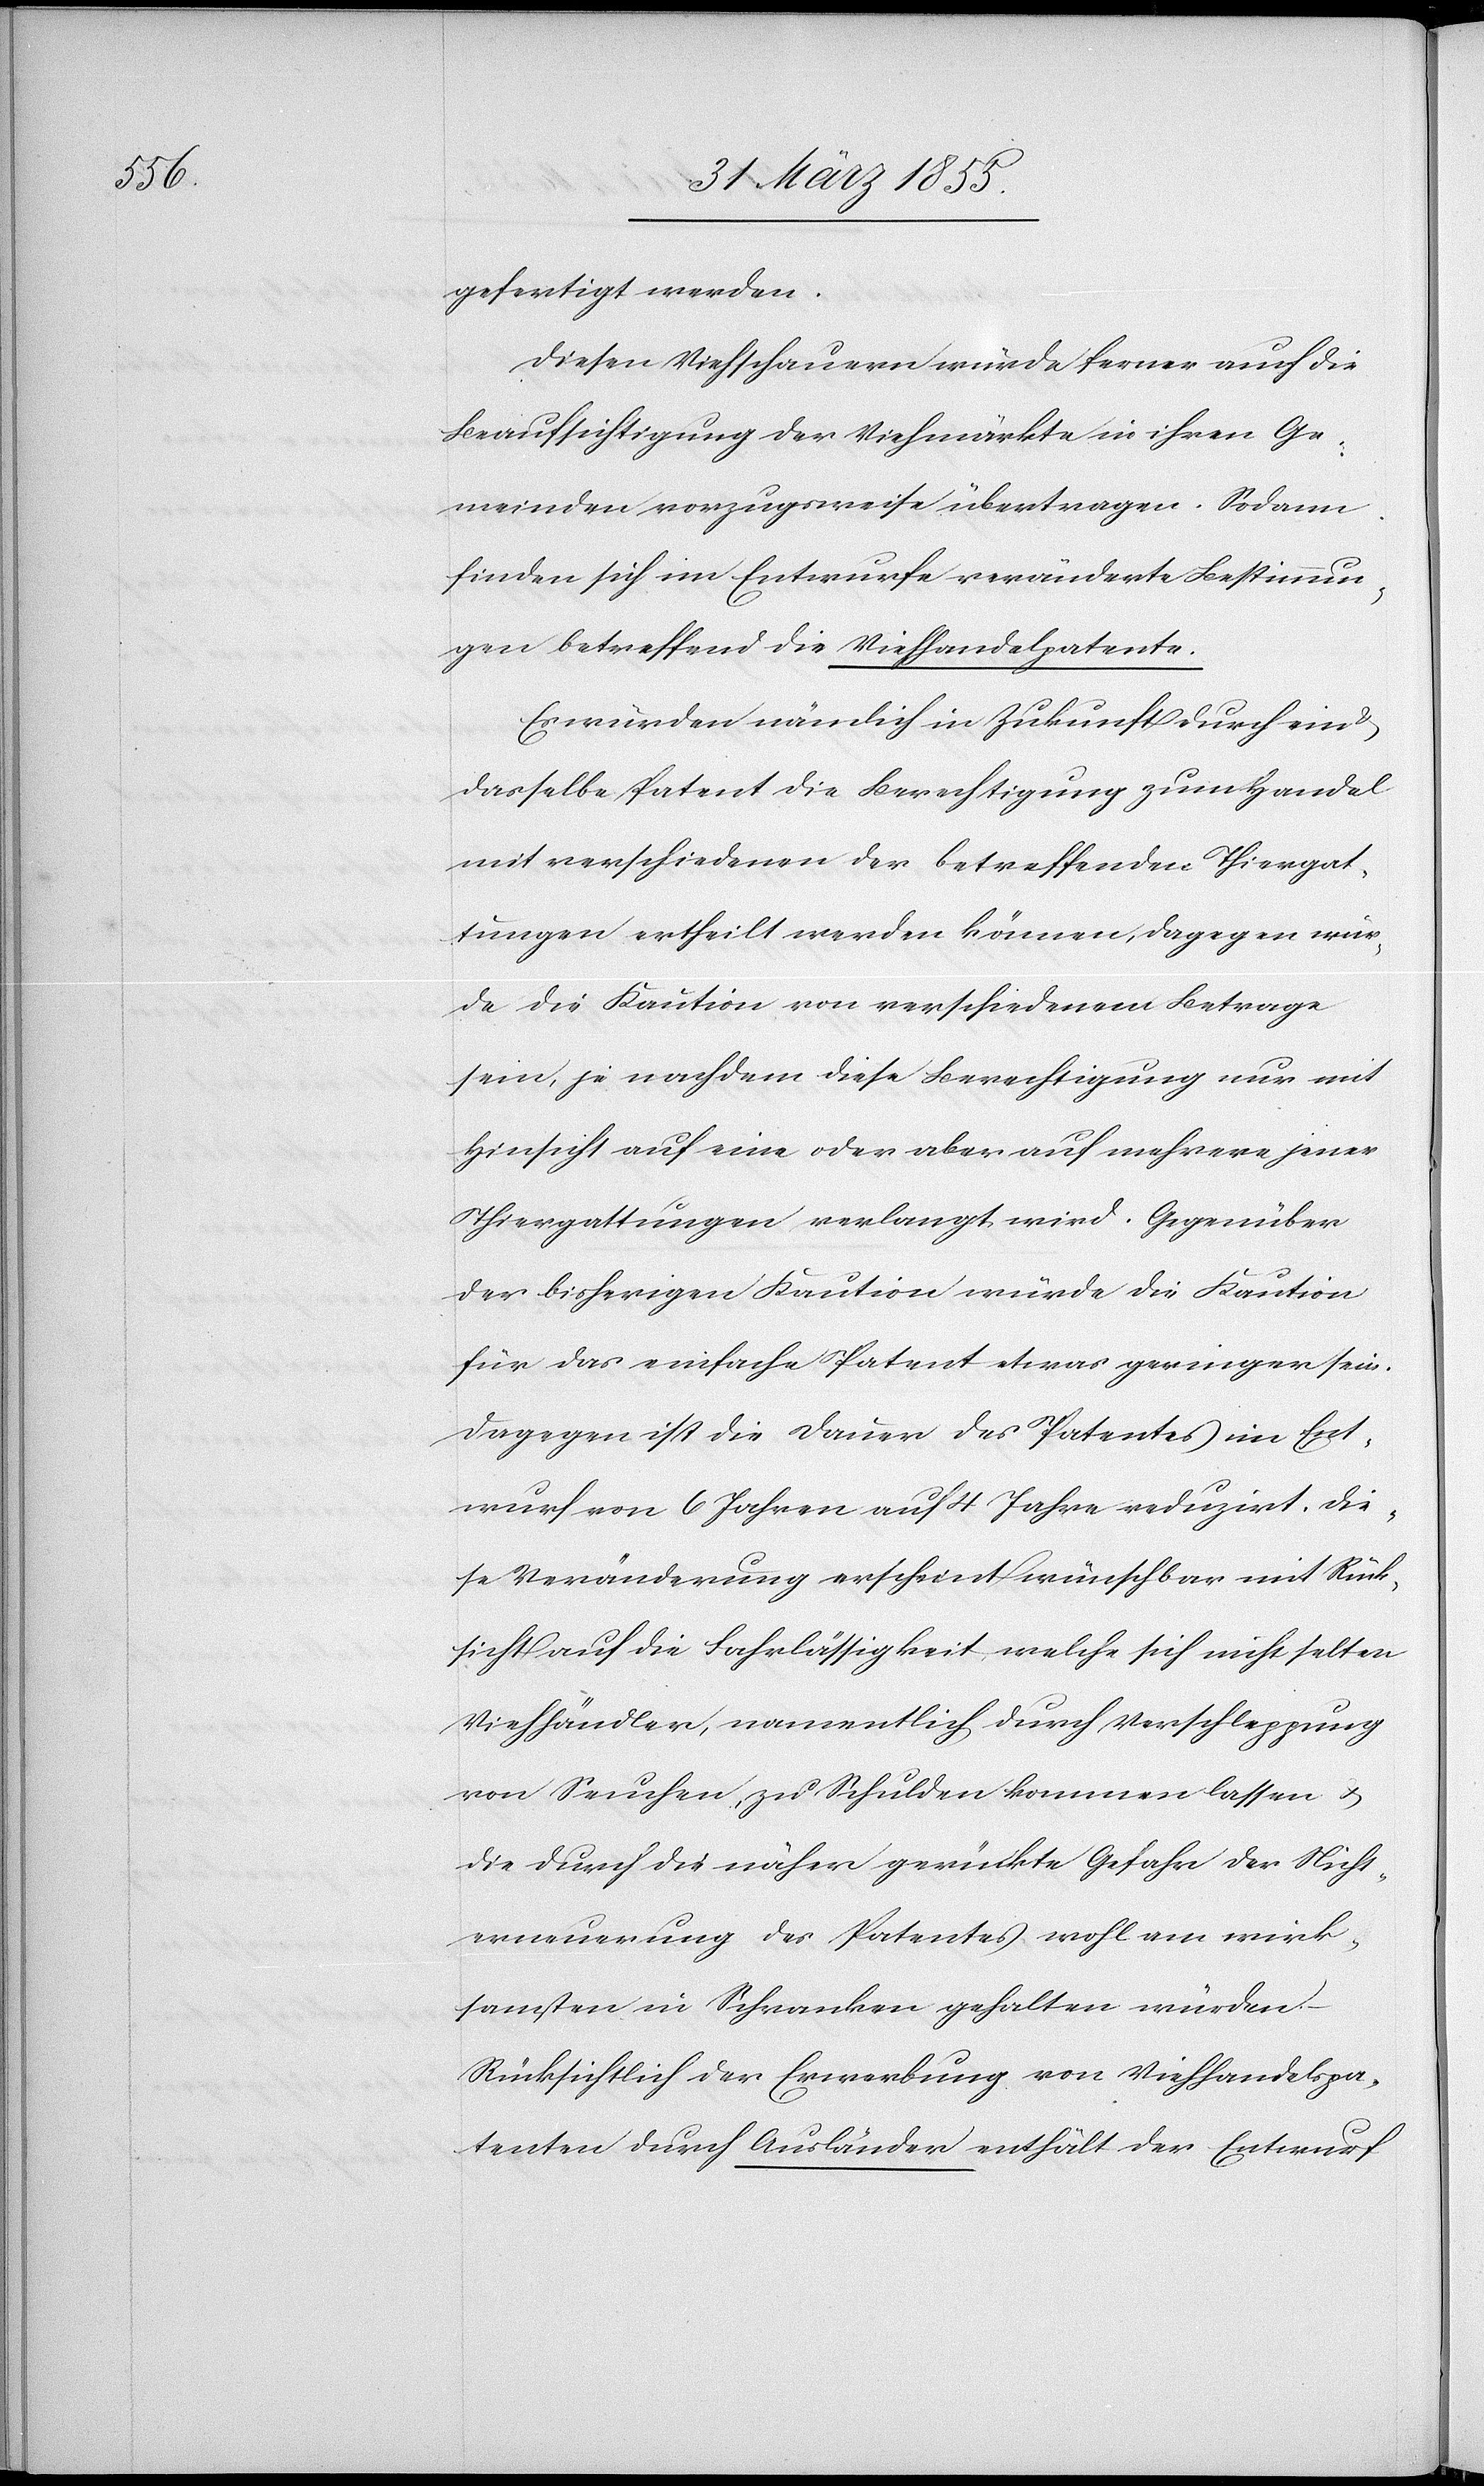
gefertigt werden.
Diesen Viehschauern würde ferner auch die
Beaufsichtigung der Viehmärkte in ihren Ge¬
meinden vorzugsweise übertragen. Sodann
finden sich im Entwurfe veränderte Bestimmun¬
gen betreffend die Viehhandelpatente.
Es würden [sic!] nämlich in Zukunft durch ein
dasselbe Patent die Berechtigung zum Handel
mit verschiedenen der betreffenden Thiergat¬
tungen ertheilt werden können, dagegen wür¬
de die Kaution von verschiedenem Betrage
sein, je nachdem diese Berechtigung nur mit
Hinsicht auf eine oder aber auf mehrere jener
Thiergattungen verlangt wird. Gegenüber
der bisherigen Kaution würde die Kaution
für das einfache Patent etwas geringer sein.
Dagegen ist die Dauer des Patentes im Ent¬
wurf von 6 Jahren auf 4 Jahre reduzirt. Die¬
se Veränderung erscheint wünschbar mit Rück¬
sicht auf die Fahrlässigkeit welche sich nicht selten
Viehhändler, namentlich durch Verschleppung
von Seuchen, zu Schulden kommen lassen &
die durch die näher gerückte Gefahr der Nicht¬
erneuerung des Patentes wohl am wirk¬
samsten in Schranken gehalten würden.
Rücksichtlich der Erwerbung von Viehhandelspa¬
tenten durch Ausländer enthält der Entwurf